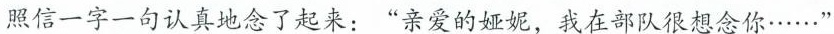
照信一字一句认真地念了起来：”亲爱的娅妮，我在部队很想念你……”